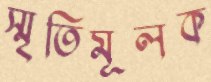
স্মৃতিমূলক